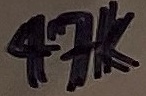
Text: 47K